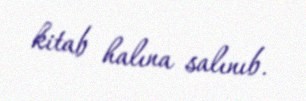
kitab halına salınıb.